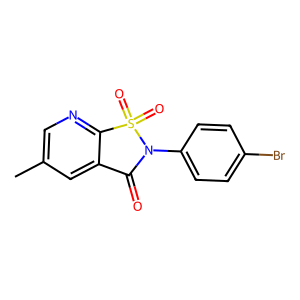
SMILES: Cc1cnc2c(c1)C(=O)N(c1ccc(Br)cc1)S2(=O)=O
Inhibits HIV replication: No